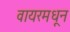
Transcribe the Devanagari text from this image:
वायरमधून